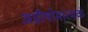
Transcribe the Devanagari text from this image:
अग्नीषोमात्मकं